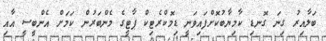
ބަލާއިރު ގިނަ ގޮނޑި ކާމިޔާބުކޮށްފައިވަނީ ޑިމޮކްރެޓިކް ޕާޓީގެ މެންބަރުން ކަމަށް އެންބީސީ އާއި